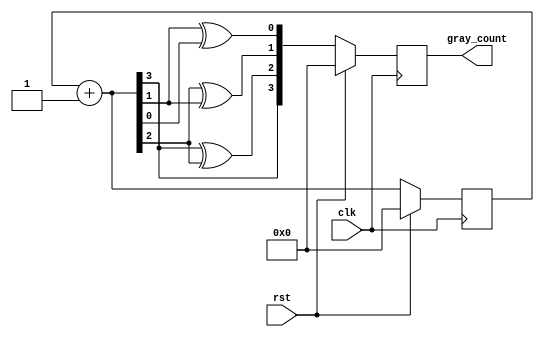
`timescale 1ns / 1ps

module gray_counter(
    input clk,rst,
    output reg [3:0] gray_count
    );

    reg [3:0] bin_count;
   
    always@(posedge clk)
    begin 
        if(rst)
            begin
                gray_count=4'b0000;
                bin_count=4'b0000;
            end
        else
            begin
                bin_count = bin_count + 1;
                gray_count = {bin_count[3],bin_count[3]^bin_count[2],bin_count[2]^bin_count[1],bin_count[1]^bin_count[0]};
            end
    end   
endmodule